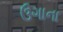
ઉગાના